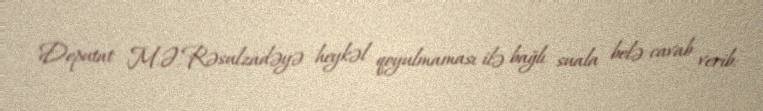
Deputat M.Ə.Rəsulzadəyə heykəl qoyulmaması ilə bağlı suala belə cavab verib: